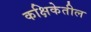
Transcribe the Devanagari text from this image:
कक्षिकेतील